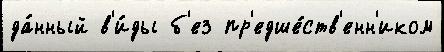
да́нный в'и́ды б'ез пр'едше́ств'енн'иком